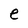
Character: e